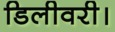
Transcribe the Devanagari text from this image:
डिलीवरी।